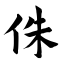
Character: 侏